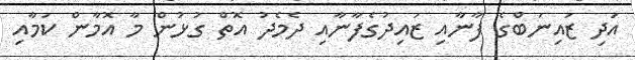
އަދި ޒައިނަބްގެ ފާނާއި ޒައިދުގެފާނާއި ދެމެދު އޮތް ގުޅުން މާ އޮމާން ކަމާއި